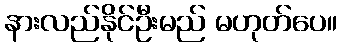
နားလည်နိုင်ဦးမည် မဟုတ်ပေ။